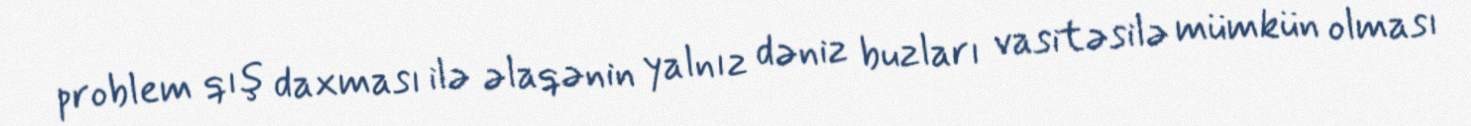
problem qış daxması ilə əlaqənin yalnız dəniz buzları vasitəsilə mümkün olması